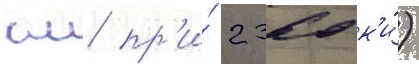
км пр'и́ 2360 к'и́)